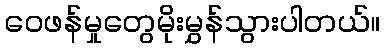
ဝေဖန်မှုတွေမိုးမွှန်သွားပါတယ်။